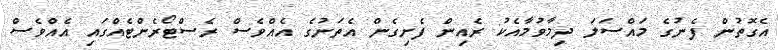
އެގޮތުން ފެނުގެ މައްސަލަ ދިމާވުމާއެކު ރެއިން ފެށިގެން އެތަނުގެ އެއްވެސް ރެސްޓޯރެންޓެއްގައި އެއްވެސް